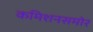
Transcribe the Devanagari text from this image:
कमिशनसमोर